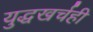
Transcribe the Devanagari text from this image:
युद्धखर्चही